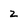
Character: z